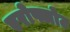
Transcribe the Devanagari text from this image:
एरोफ्लोट